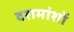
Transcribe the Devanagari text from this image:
दशमांशों